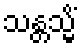
သန္တသ္မိံ